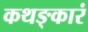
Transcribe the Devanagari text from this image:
कथङ्कारं